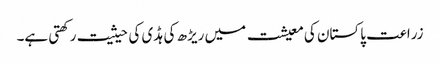
زراعت پاکستان کی معیشت میں ریڑھ کی ہڈی کی حیثیت رکھتی ہے۔